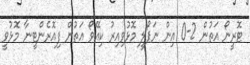
ޓޮރީނޯ އަތުން 2-0 އިން ނަޕޯލީ މޮޅުވިއިރު ކިއޭވޯ އަތުން ފިއޮރެންޓީނާ މޮޅުވީ